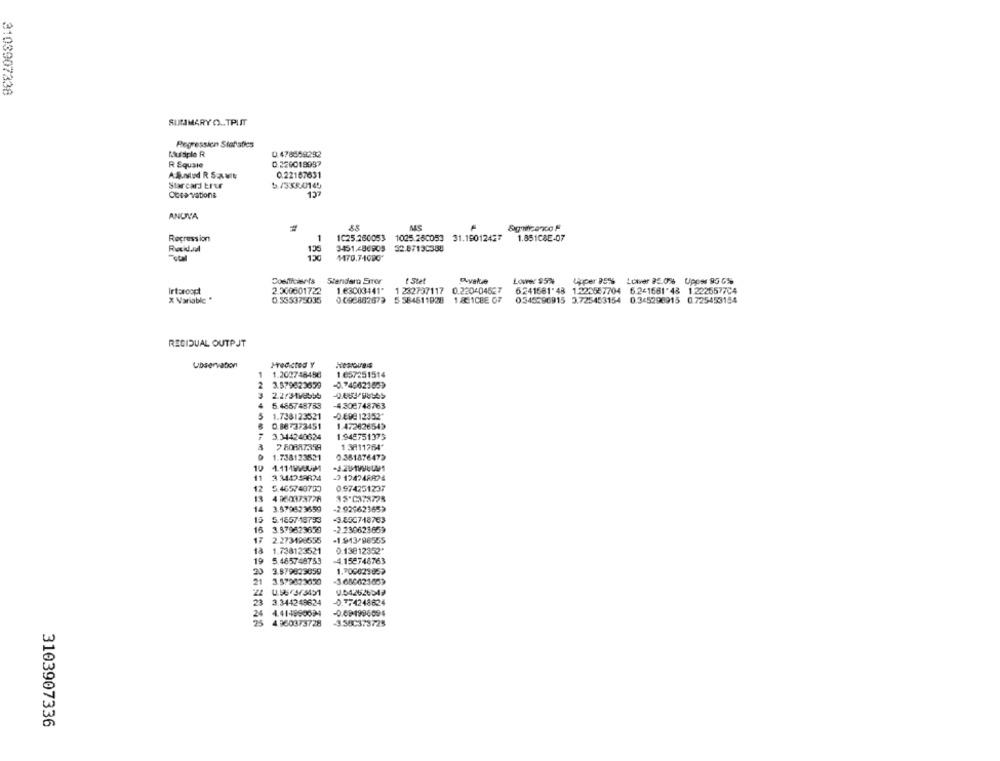
3103907338
SUMMARY O .. TPUIT
Regression Statistics
0.478659292
Multiple R
R Squsie
D 228018997
And R SAME
0.22167631
Starcard Er'ur
5./3530145
Cosa vationa
127
ANUNVA
MS
Regression
1
1025.260053 1025.260053 31.19012427
1.851CBE-07
135
3451.486903 32.87130388
Total
Stendere Error
t Stef
Lower $5%
Upper 95%
Lower 25.06 Upper 95 G
Irtaroopt
2.500601722
1.63003141" 1 232737117 0.220 04627
6.241581'48 1.225667704 5.241561'48 12225577C4
X Variable *
0.535375035
0-096882679 5 584611928 1 861CBE GF
0.345396915 3.725453154 0.345298915 0.725453154
REGIDUAL OUTPUT
Libservation
1.202748456
1 .657251514
3.579823639
5.455748753
-4.308748763
1.726/23521
DEVE 12352"
0.86-373451
1.472626542
3.344240624
1.945751375
1 3811764'
1.738123521
0.381876472
4.11 1WHUUMM
3 344358834
5 465743750
0 974251237
35-C378728
14
3.579623659
-2.92962365)
5.1557-18733
-3.855718763
16
3.579623659
-2.230623659
17
2.273498655
-1.913-98555
13
1.738123521
0.13812352*
19
5.485748753
4.158748763
23
3.579823059
1.700621852
21
3.579823650
23
3.344249624
0.774248624
24
4.414890034
-0.09-1996094
25
4.960373728
-3.58C373725
3103907336